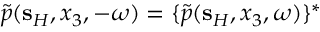
\tilde { p } ( { \bf s } _ { H } , x _ { 3 } , - \omega ) = \{ \tilde { p } ( { \bf s } _ { H } , x _ { 3 } , \omega ) \} ^ { * }